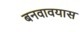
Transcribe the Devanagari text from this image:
बनवावयास